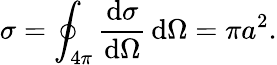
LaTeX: \sigma=\oint_{4\pi}{\frac{\mathrm{d}\sigma}{\mathrm{d}\Omega}}\, \mathrm{d}\Omega=\pi a^{2}.